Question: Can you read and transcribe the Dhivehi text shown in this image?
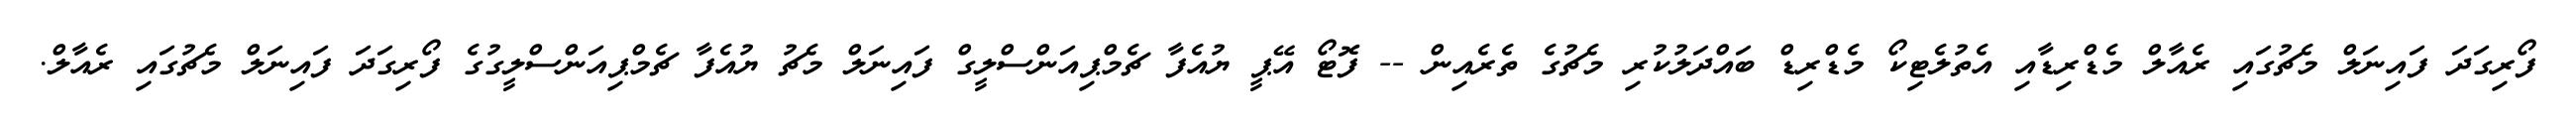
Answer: ފޯރިގަދަ ފައިނަލް މެޗުގައި ރެއާލް މެޑްރިޑާއި އެތުލެޓިކޯ މެޑްރިޑް ބައްދަލުކުރި މެޗުގެ ތެރެއިން -- ފޮޓޯ އޭޕީ ޔުއެފާ ޗެމްޕިއަންސްލީގް ފައިނަލް މެޗު ޔުއެފާ ޗެމްޕިއަންސްލީގުގެ ފޯރިގަދަ ފައިނަލް މެޗުގައި ރެއާލް.